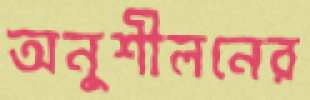
অনুশীলনের